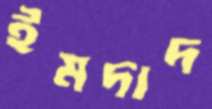
ইমদাদ